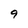
Character: 9